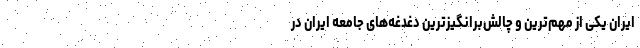
ایران یکی از مهم‌ترین و چالش‌برانگیزترین دغدغه‌های جامعه ایران در